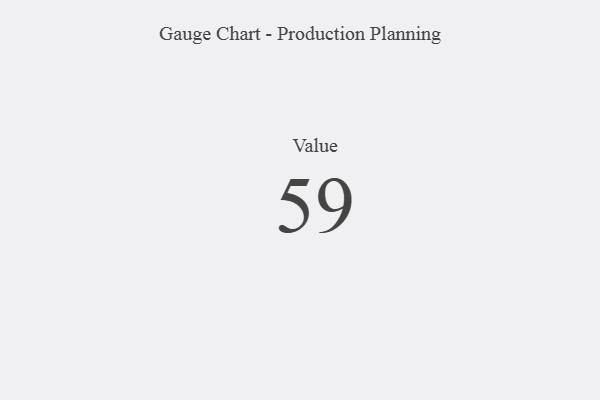
{"axis": {"x": "Metric", "y": "Value"}, "legend": [""], "data": [{"x": "Value", "y": 59, "type": ""}]}